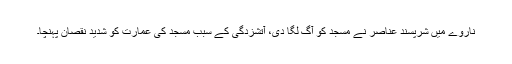
ناروے میں شرپسند عناصر نے مسجد کو آگ لگا دی، آتشزدگی کے سبب مسجد کی عمارت کو شدید نقصان پہنچا۔